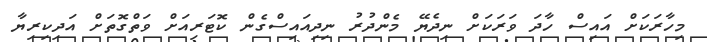
މިހާރަކަށް އައިސް ހާދަ ވަރަކަށް ނިދެޔޭ މެންދުރު ނިދިއައިސްގެން ކޮޓަރިއަށް ވަތްގޮތަށް އަދިކިރިޔާ